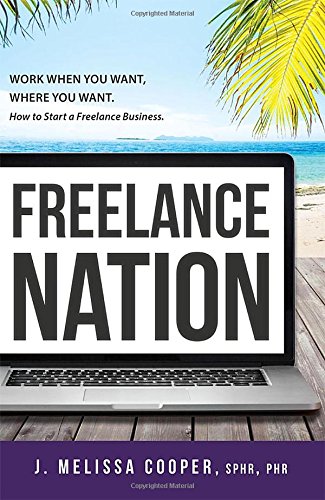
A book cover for Freelance Nation: Work When You Want, Where You Want. How to Start a Freelance Business.; J. Melissa Cooper SPHR  PHR; Business & Money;